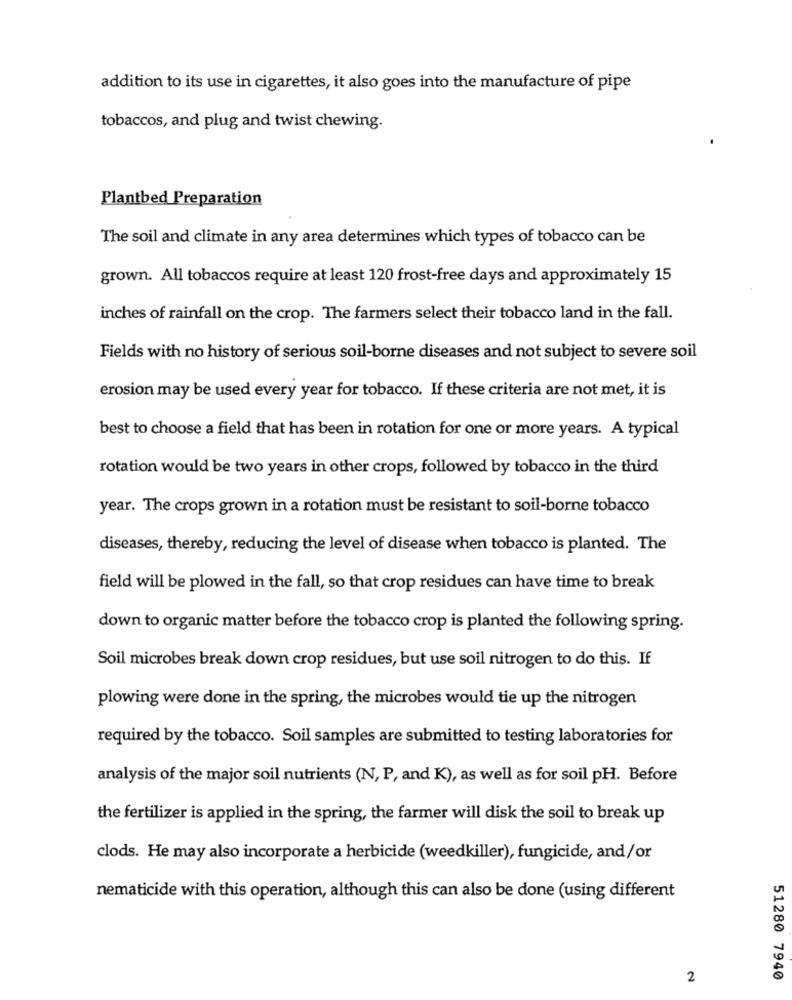
addition to its use in cigarettes, it also goes into the manufacture of pipe
tobaccos, and plug and twist chewing.
Plantbed Preparation
The soil and climate in any area determines which types of tobacco can be
grown. All tobaccos require at least 120 frost-free days and approximately 15
inches of rainfall on the crop. The farmers select their tobacco land in the fall.
Fields with no history of serious soil-borne diseases and not subject to severe soil
erosion may be used every year for tobacco. If these criteria are not met, it is
best to choose a field that has been in rotation for one or more years. A typical
rotation would be two years in other crops, followed by tobacco in the third
year. The crops grown in a rotation must be resistant to soil-borne tobacco
diseases, thereby, reducing the level of disease when tobacco is planted. The
field will be plowed in the fall, so that crop residues can have time to break
down to organic matter before the tobacco crop is planted the following spring.
Soil microbes break down crop residues, but use soil nitrogen to do this. If
plowing were done in the spring, the microbes would tie up the nitrogen
required by the tobacco. Soil samples are submitted to testing laboratories for
analysis of the major soil nutrients (N, P, and K), as well as for soil pH. Before
the fertilizer is applied in the spring, the farmer will disk the soil to break up
clods. He may also incorporate a herbicide (weedkiller), fungicide, and/or
nematicide with this operation, although this can also be done (using different
2
51280 7940